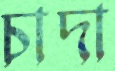
চাদা